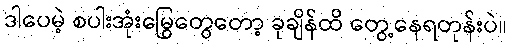
ဒါပေမဲ့ စပါးအုံးမြွေတွေတော့ ခုချိန်ထိ တွေ့နေရတုန်းပဲ။